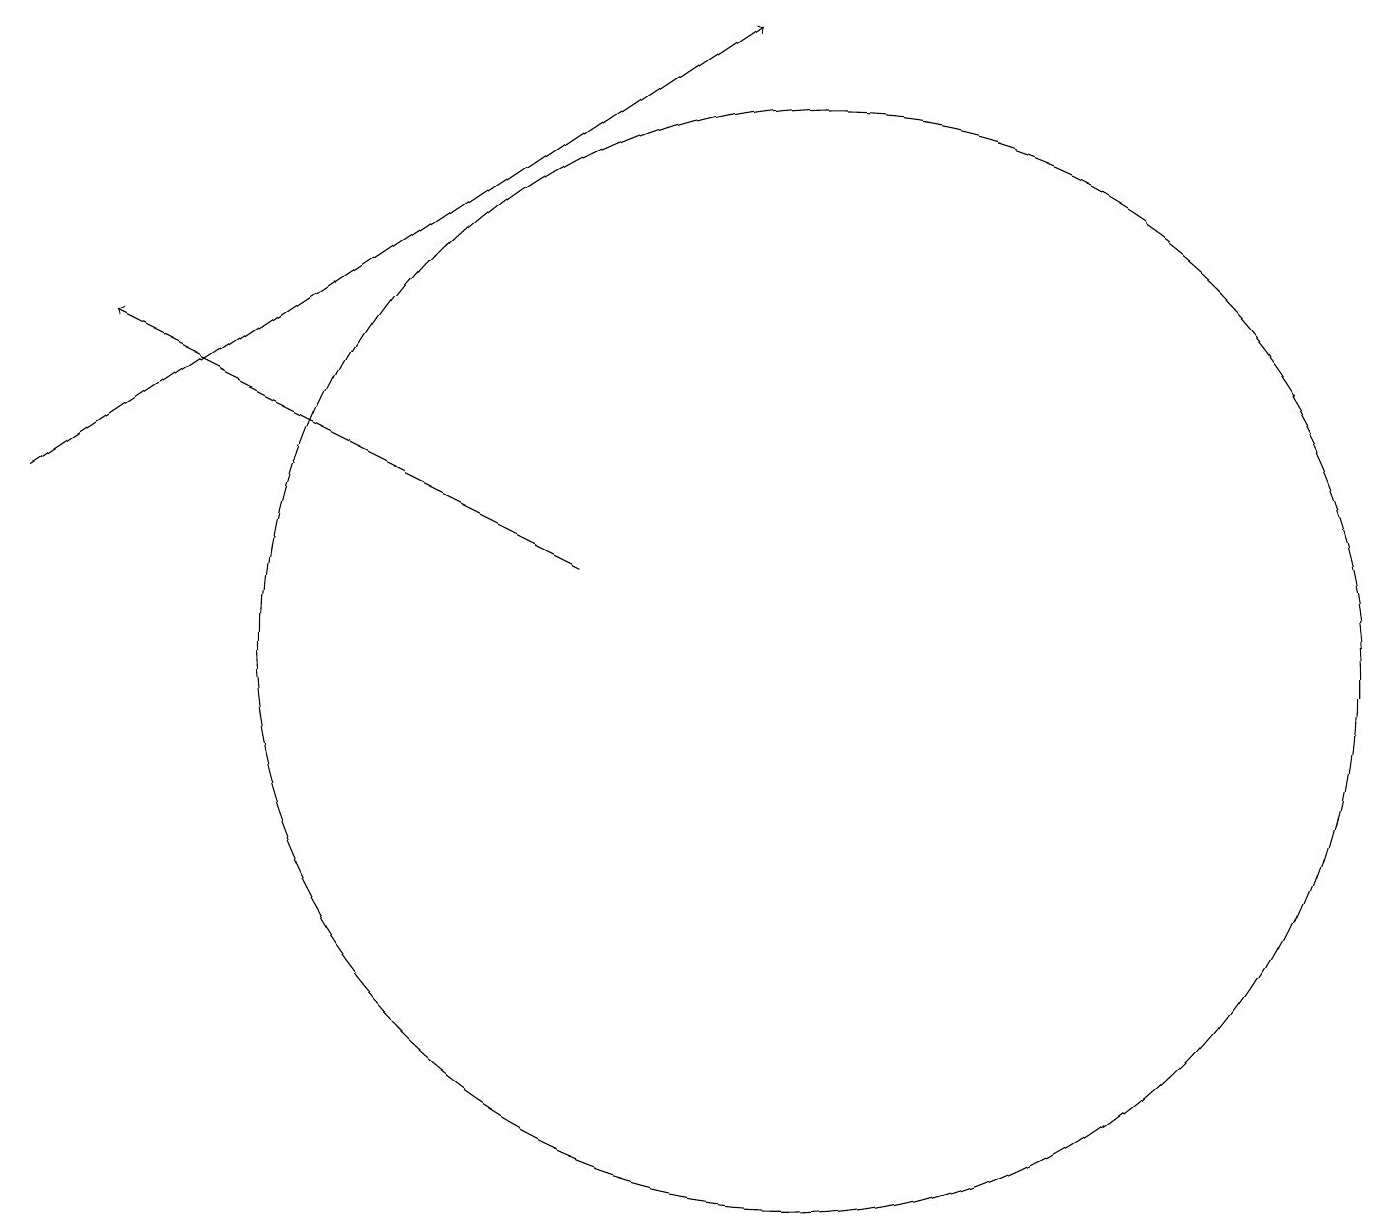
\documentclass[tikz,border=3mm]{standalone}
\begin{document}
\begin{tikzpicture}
\draw[->] (7,12) -- (1,15);
\draw[->] (0,13) -- (9,19);
\draw (10,11) circle (7);
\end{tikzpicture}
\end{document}